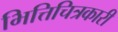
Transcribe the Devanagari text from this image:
भित्तिचित्रकारी